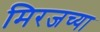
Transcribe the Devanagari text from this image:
मिरजच्या